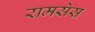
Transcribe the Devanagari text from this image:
रामसेस